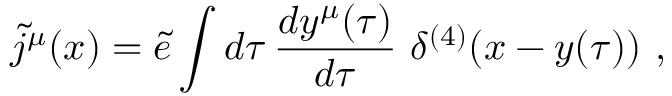
{ \tilde { j } } ^ { \mu } ( x ) = { \tilde { e } } \int d \tau \, { \frac { d y ^ { \mu } ( \tau ) } { d \tau } } \, \, \delta ^ { ( 4 ) } ( x - y ( \tau ) ) \ ,